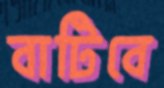
বাটিবে